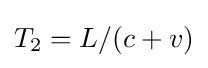
{\textstyle T_{2}=L/(c+v)}